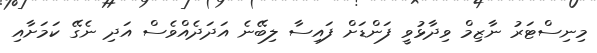
މިނިސްޓަރު ނާޒިމް ވިދާޅުވީ ފަންޑަށް ފައިސާ ލިބޭނެ އަދަދެއްވެސް އަދި ނެގޭ ކަމަށާއި